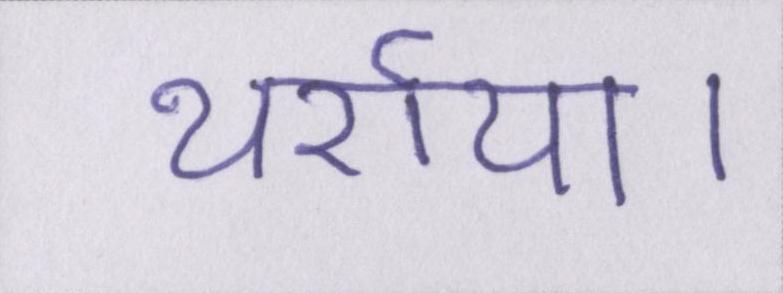
थर्राया।